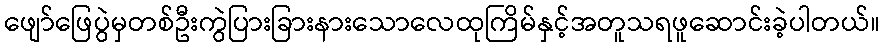
ဖျော်ဖြေပွဲမှတစ်ဦးကွဲပြားခြားနားသောလေထုကြိမ်နှင့်အတူသရဖူဆောင်းခဲ့ပါတယ်။